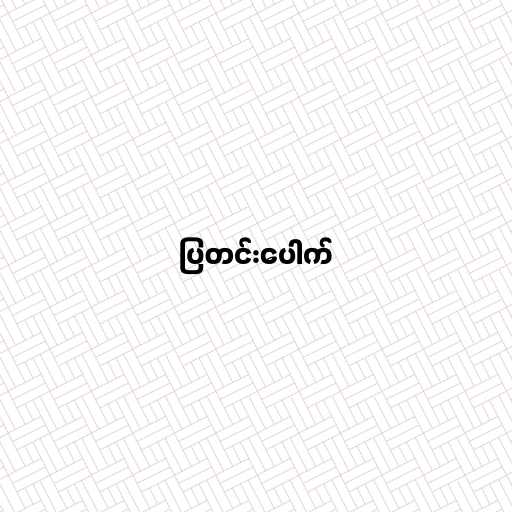
ပြတင်းပေါက်